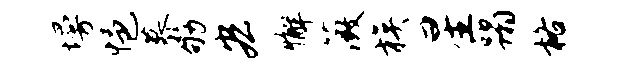
墁悒慕劬宏懈薇族星蹋格